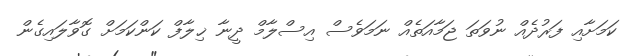
ކަމަށާއި ފަރުދެއް ނުވަތަ ޖަމާއަތެއް ނަމަވެސް އިސްލާމް ދީނާ ޚިލާފް ކަންކަމަށް ގޮވާލައިގެން